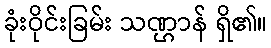
ခုံးဝိုင်းခြမ်း သဏ္ဌာန် ရှိ၏။